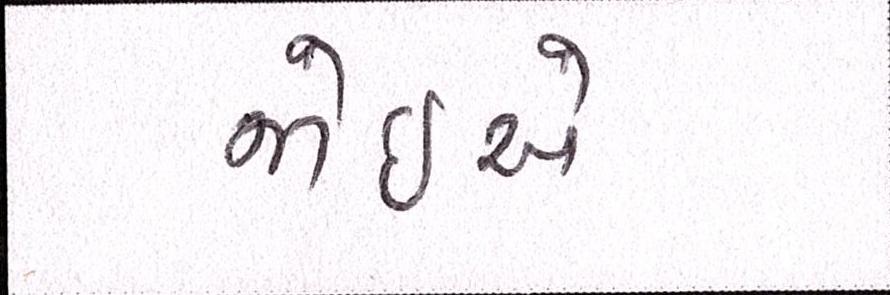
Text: જોઇએ